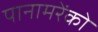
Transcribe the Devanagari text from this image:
पानामरेंको